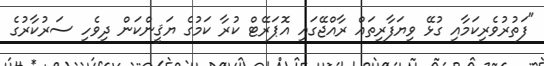
"ފަތުރުވެރިކަމާއި ގުޅޭ ވިޔަފާރިތައް ރާއްޖޭގައި އޮޕަރޭޓް ކުރާ ކަމުގެ ޔަޤީންކަން ދިވެހި ސަރުކާރުގެ